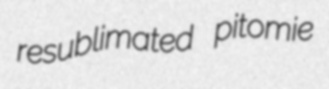
resublimated pitomie